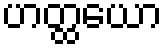
ဟတ္ထယော